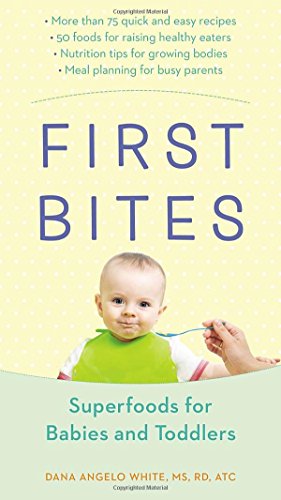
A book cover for First Bites: Superfoods for Babies and Toddlers; Dana Angelo White; Cookbooks, Food & Wine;